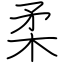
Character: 柔